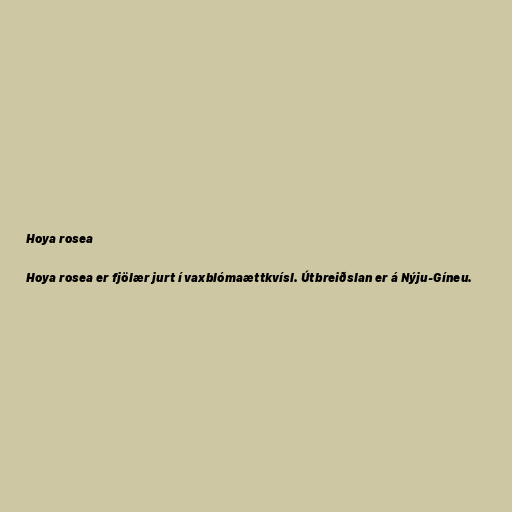
Hoya rosea

Hoya rosea er fjölær jurt í vaxblómaættkvísl. Útbreiðslan er á Nýju-Gíneu.